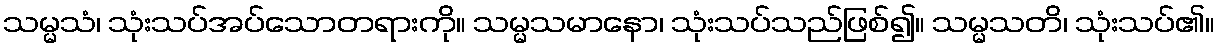
သမ္မသံ၊ သုံးသပ်အပ်သောတရားကို။ သမ္မသမာနော၊ သုံးသပ်သည်ဖြစ်၍။ သမ္မသတိ၊ သုံးသပ်၏။